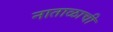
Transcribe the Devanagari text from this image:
नाताळाची